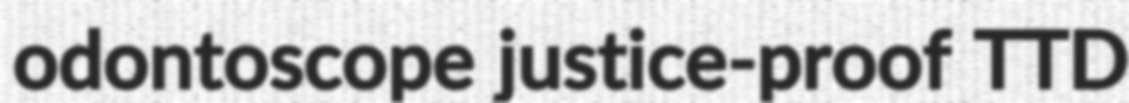
odontoscope justice-proof TTD